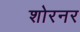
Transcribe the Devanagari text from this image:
शोरनर